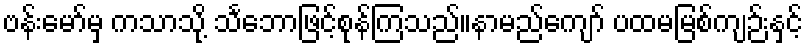
ဗန်းမော်မှ ကသာသို့ သင်္ဘောဖြင့်စုန်ကြသည်။နာမည်ကျော် ပထမမြစ်ကျဉ်းနှင့်